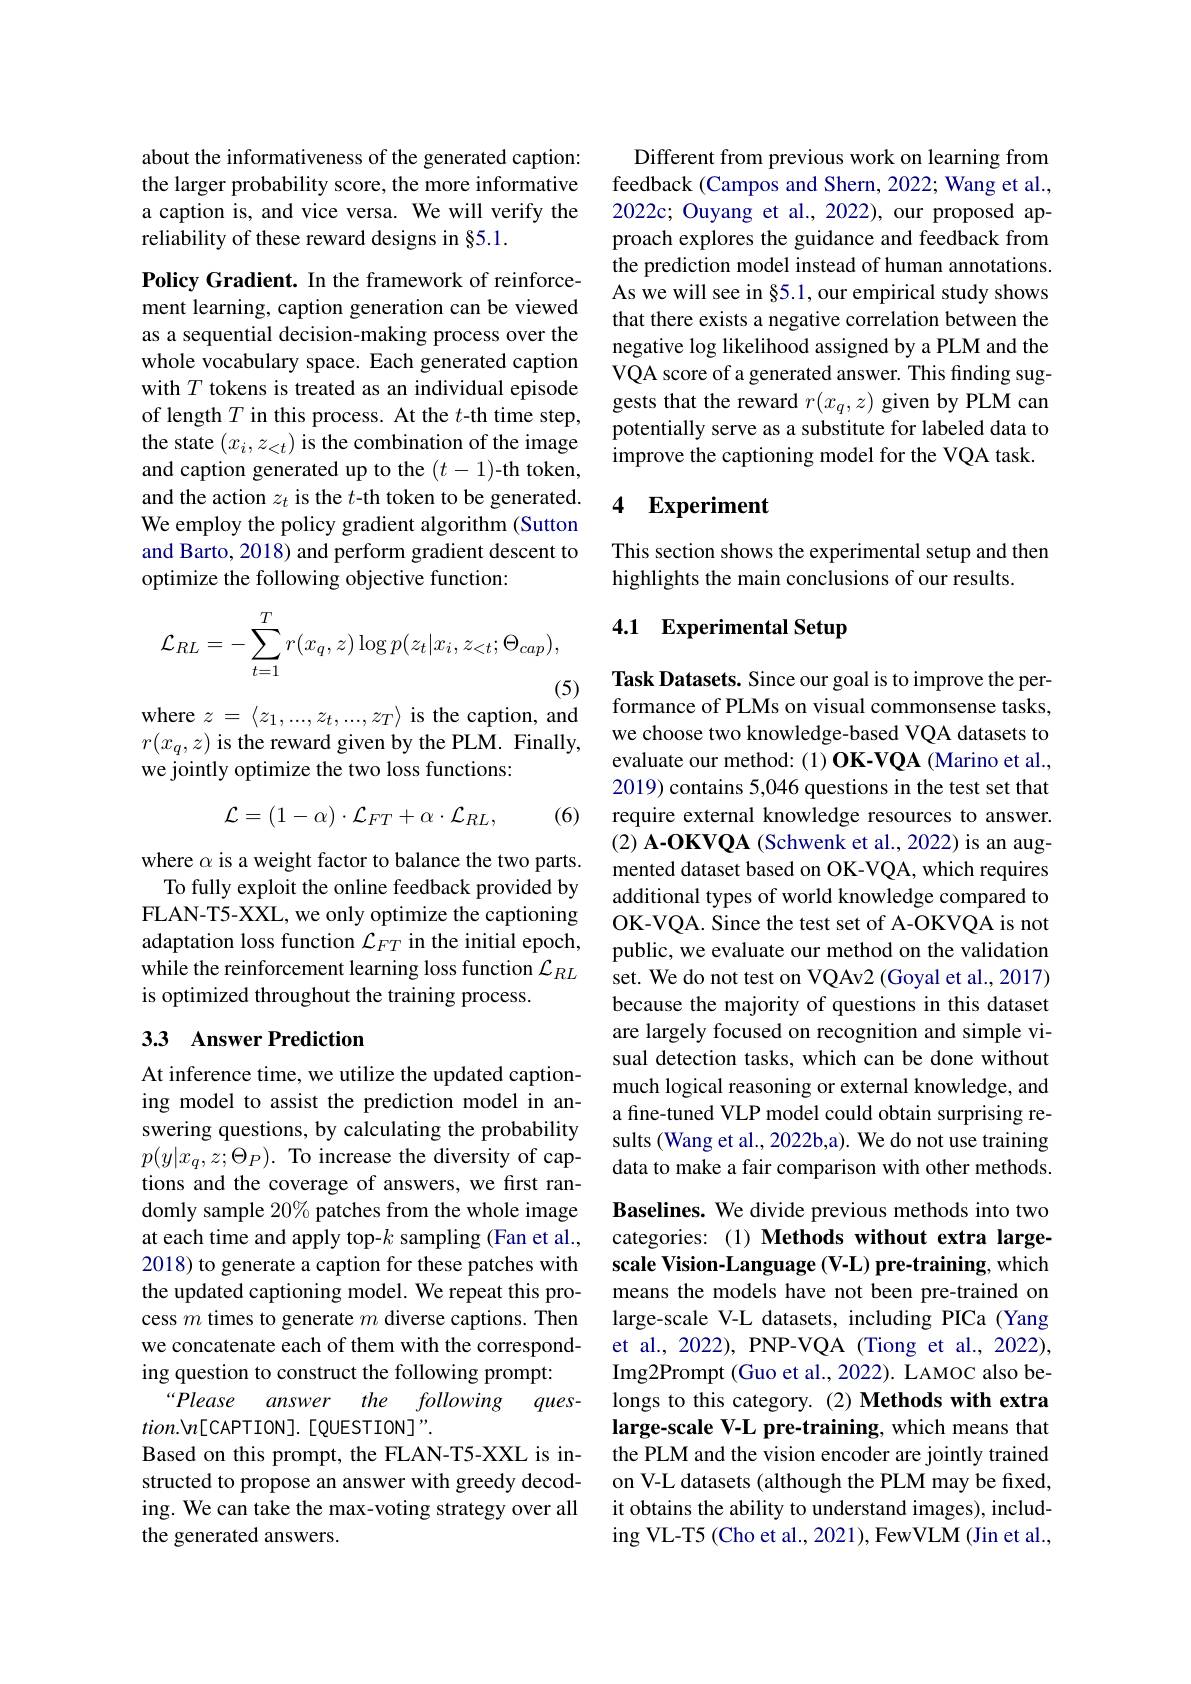
about the informativeness of the generated caption: the larger probability score, the more informative a caption is, and vice versa. We will verify the reliability of these reward designs in §5.1.

Policy Gradient. In the framework of reinforcement learning, caption generation can be viewed as a sequential decision-making process over the whole vocabulary space. Each generated caption with $T$ tokens is treated as an individual episode of length $T$ in this process. At the $t$-th time step, the state $(x_i,z_<t)$ is the combination of the image and caption generated up to the $(t-1)$-th token, and the action $z_t$ is the $t$-th token to be generated. We employ the policy gradient algorithm (Sutton and Barto, 2018) and perform gradient descent to optimize the following objective function:
$$\mathcal{L}_{RL}=-\sum_{t=1}^{T}r(x_{q},z)\log p(z_{t}|x_{i},z_{<t};\Theta_{cap}),$$
(5)

where $z=\langle z_1,...,z_t,...,z_T\rangle$ is the caption, and $r(x_q,z)$ is the reward given by the PLM. Finally, we jointly optimize the two loss functions:
$$\mathcal{L}=(1-\alpha)\cdot\mathcal{L}_{FT}+\alpha\cdot\mathcal{L}_{RL},$$
(6)

where $\alpha$ is a weight factor to balance the two parts.
To fully exploit the online feedback provided by FLAN-T5-XXL, we only optimize the captioning adaptation loss function $\mathcal{L}_FT$ in the initial epoch, while the reinforcement learning loss function $\mathcal{L}_RL$ is optimized throughout the training process.

## 33 Answer Prediction

At inference time, we utilize the updated captioning model to assist the prediction model in answering questions, by calculating the probability $p(y|x_{q},z;\Theta_{P}).$ To increase the diversity of captions and the coverage of answers, we first randomly sample 20% patches from the whole image at each time and apply top-$k$ sampling (Fan et al., 2018) to generate a caption for these patches with the updated captioning model. We repeat this process $m$ times to generate $m$ diverse captions. Then we concatenate each of them with the corresponding question to construct the following prompt:
“Please
answer the following $ques-$
$tion.\forall n[$CAPTION].[QUESTION]".
Based on this prompt, the FLAN-T5-XXL is instructed to propose an answer with greedy decoding. We can take the max-voting strategy over all the generated answers.

Different from previous work on learning from feedback (Campos and Shern, 2022; Wang et al., 2022c; Ouyang et al., 2022), our proposed approach explores the guidance and feedback from the prediction model instead of human annotations As we will see in §5.1, our empirical study shows that there exists a negative correlation between the negative $\log$ likelihood assigned by a PLM and the VQA score of a generated answer. This finding suggests that the reward $r(x_q,z)$ given by PLM can potentially serve as a substitute for labeled data to improve the captioning model for the VQA task.

# 4 Experiment

This section shows the experimental setup and then
highlights the main conclusions of our results.

## 4.1 Experimental Setup

Task Datasets. Since our goal is to improve the performance of PLMs on visual commonsense tasks, we choose two knowledge-based VQA datasets to evaluate our method: (1) OK-VQA (Marino et al., 2019) contains 5,046 questions in the test set that require external knowledge resources to answer. (2) A-OKVQA (Schwenk et al., 2022) is an augmented dataset based on OK-VQA, which requires additional types of world knowledge compared to OK-VQA. Since the test set of A-OKVQA is not public, we evaluate our method on the validation set. We do not test on VQAv2 (Goyal et al., 2017) because the majority of questions in this dataset are largely focused on recognition and simple visual detection tasks, which can be done without much logical reasoning or external knowledge, and a fine-tuned VLP model could obtain surprising results (Wang et al., 2022b,a). We do not use training data to make a fair comparison with other methods. Baselines. We divide previous methods into two categories: (1) Methods without extra largescale Vision-Language (V-L) pre-training, which means the models have not been pre-trained on large-scale V-L datasets, including PICa (Yang et al., 2022), PNP-VQA (Tiong et al., 2022), Img2Prompt (Guo et al., 2022). LAMOC also belongs to this category. (2) Methods with extra large-scale V-L pre-training, which means that the PLM and the vision encoder are jointly trained on V-L datasets (although the PLM may be fixed, it obtains the ability to understand images), including VL-T5 (Cho et al., 2021), FewVLM (Jin et al.,